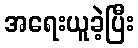
အရေးယူခဲ့ပြီး